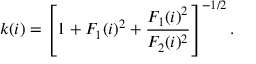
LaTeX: k ( i ) = \left[ 1 + F _ { 1 } ( i ) ^ { 2 } + \frac { F _ { 1 } ( i ) ^ { 2 } } { F _ { 2 } ( i ) ^ { 2 } } \right] ^ { - 1 / 2 } .